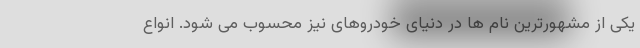
یکی از مشهورترین نام ها در دنیای خودروهای نیز محسوب می شود. انواع